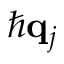
\hslash \mathbf { q } _ { j }